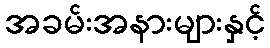
အခမ်းအနားများနှင့်